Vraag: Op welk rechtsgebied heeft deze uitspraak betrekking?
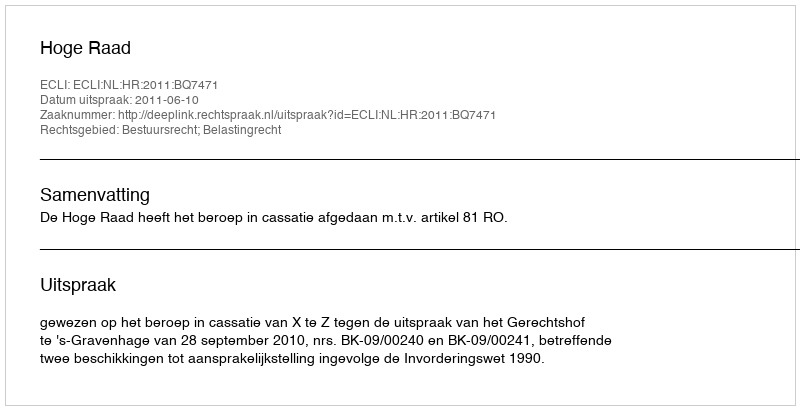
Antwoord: Bestuursrecht; Belastingrecht